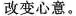
改变心意。